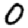
Digit: 0